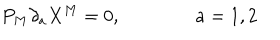
LaTeX: P _ { M } \partial _ { a } X ^ { M } = 0 , \qquad \qquad a = 1 , 2